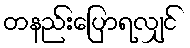
တနည်းပြောရလျှင်